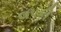
લપકી